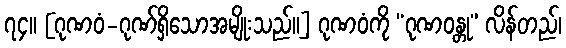
၇၄။ [ဂုဏဝံ-ဂုဏ်ရှိသောအမျိုးသည်။] ဂုဏဝံကို “ဂုဏဝန္တု” လိန်တည်၊